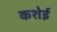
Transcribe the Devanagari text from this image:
कशेई